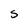
Character: S